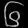
Digit: ၆